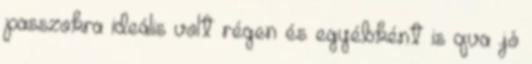
passzokra ideális volt régen és egyébként is qva jó